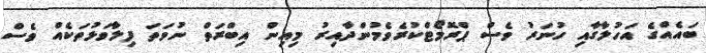
ބައެއްގެ އަހުލާގާއި ހުނަރު ވެސް ޕްރޮމޯޓްކުރެވެމުންދާއިރު މިއިން އިބްރަތް ނުވަތަ ފިލާވަޅުތަކެއް ވެސް